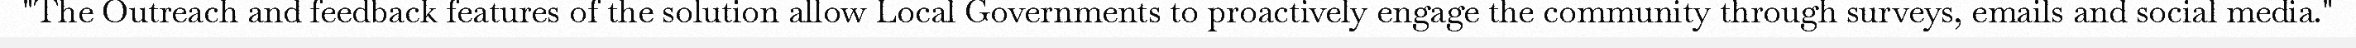
"The Outreach and feedback features of the solution allow Local Governments to proactively engage the community through surveys, emails and social media."